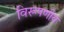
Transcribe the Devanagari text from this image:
विरूपणीय